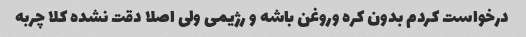
درخواست کردم بدون کره وروغن باشه و رژیمی ولی اصلا دقت نشده کلا چربه